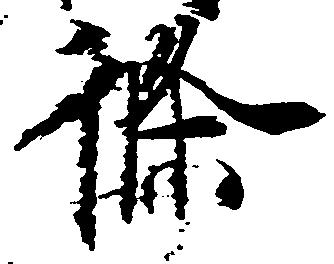
条